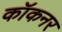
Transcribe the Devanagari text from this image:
कॉकनर